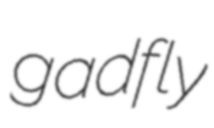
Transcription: gadfly